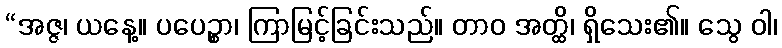
“အဇ္ဇ၊ ယနေ့။ ပပေဉ္စာ၊ ကြာမြင့်ခြင်းသည်။ တာဝ အတ္ထိ၊ ရှိသေး၏။ သွေ ဝါ၊